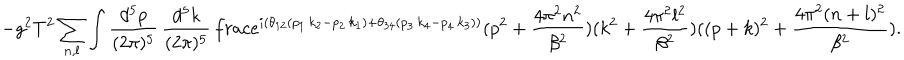
LaTeX: - g ^ { 2 } T ^ { 2 } \sum _ { n , l } \int \frac { d ^ { 5 } p } { ( 2 \pi ) ^ { 5 } } \, \frac { d ^ { 5 } k } { ( 2 \pi ) ^ { 5 } } \, \frac { e ^ { i ( \theta _ { 1 2 } ( p _ { 1 } \, k _ { 2 } - p _ { 2 } \, k _ { 1 } ) + \theta _ { 3 4 } ( p _ { 3 } \, k _ { 4 } - p _ { 4 } \, k _ { 3 } ) ) } } { ( p ^ { 2 } + \frac { 4 \pi ^ { 2 } n ^ { 2 } } { \beta ^ { 2 } } ) ( k ^ { 2 } + \frac { 4 \pi ^ { 2 } l ^ { 2 } } { \beta ^ { 2 } } ) ( ( p + k ) ^ { 2 } + \frac { 4 \pi ^ { 2 } ( n + l ) ^ { 2 } } { \beta ^ { 2 } } ) } .